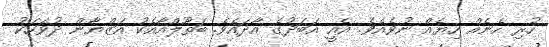
ހުރި ހެނެއް ހިޔެއް ނުވެއެވެ. އެއީ އަބަދުގެ އާދައެވެ. ބަތޫލްއާއެކު އަޒްޔާން ދުވަހަކު